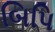
બિપિ